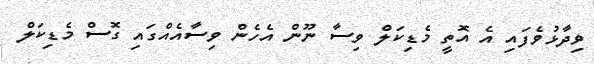
ވިދާޅުވެފައި އެ އޮތީ މެޑިކަލް ވިސާ ނޫން އެހެން ވިސާއެއްގައި ގޮސް މެޑިކަލް